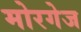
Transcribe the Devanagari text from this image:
मोरगेज